画像に写った文字を読んでください
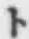
「ト」と書いてあります